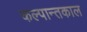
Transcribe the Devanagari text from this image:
कल्पान्तकाल